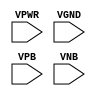
module sky130_fd_sc_hd__tapvgnd (
    VPWR,
    VGND,
    VPB ,
    VNB
);

    input VPWR;
    input VGND;
    input VPB ;
    input VNB ;
endmodule